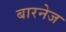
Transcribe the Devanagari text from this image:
बारनेज